Memorandum on the prevention of leprosy by segregation of the affected
Disease focus: Leprosy
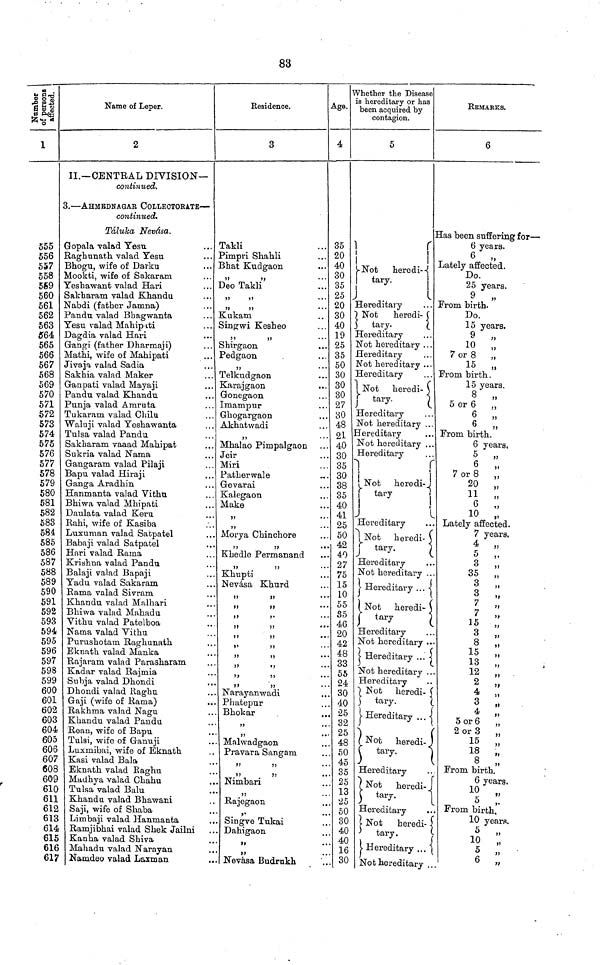
83
Number of
persons
affected.
1
555
556
557
558
569
560
561
562
563
564
565
566
567
568
569
570
571
572
573
574
575
576
577
578
579
580
581
582
583
584
585
586
587
588
589
590
591
592
593
594
595
596
597
598
599
600
601
602
603
604
605
606
607
608
609
610
611
612
613
614
615
616
617
Name of Leper.
2
II.— CENTRAL DIVISION—
continued.
3. — AHMEDNAGAR COLLECTORATE —
continued.
Táluka Nevása.
Gopala valad Yesu
Raghunath valad Yesu
Bhogu, wife of Darku
Mookti, wife of Sakaram
Yeshawant valad Hari
Sakharam valad Khandu
Nabdi (father Jamna)
Pandu valad Bhagwanta
Yesu valad Mahipati
Dagdia valad Hari
Gangi (father Dharmaji)
Mathi, wife of Mahipati
Jivaja valad Sadia
Sakhia valad Maker
Ganpati valad Mayaji
Pandu valad Khandu
Punja valad Amruta
Tukaram valad Chilu
Waluji valad Yeshawanta
Tulsa valad Pandu
Sakharam vaaad Mahipat
Sukria valad Nama
Gangaram valad Pilaji
Bapu valad Hiraji
Ganga Aradhin
Hanmanta valad Vithu
Bhiwa valad Mhipati
Daulata valad Keru
Rahi, wife of Kasiba
Luxuman valad Satpatel
Babaji valad Satpatel
Hari valad Rama
Krishna valad Pandu
Balaji valad Bapaji
Yadu valad Sakaram
Rama valad Sivram
Khandu valad Malhari
Bhiwa valad Mahadu
Vithu valad Patelboa
Nama valad Vithu
Purushotam Raghunath
Eknath valad Manka
Rajaram valad Parasharam
Kadar valad Rajmia
Subja valad Dhondi
Dhondi valad Raghu
Gaji (wife of Rama)
Rakhma valad Nagu
Khandu valad Pandu
Rean, wife of Bapu
Tulsi, wife of Ganuji
Luxmibai, wife of Eknath
Kasi valad Bala
Eknath valad Raghu
Madhya valad Chahu
Tulsa valad Balu
Khandu valad Bhawani
Saji, wife of Shaba
Limbaji valad Hamnanta
Ramjibhai valad Shek Jailni
Kanha valad Shiva
Mahadu valad Narayan
Namdeo valad Laxman
Residence.
3
Takli
Pimpri Shahli
Bhat Kudgaon
,,
Deo Takli
"
"
"
"
Kukam
Singwi Kesheo
,,
Shirgaon
Pedgaon
Telkudgaon
Karajgaon
Gonegaon
Imampur
Ghogargaon
Akhatwadi
Mhalao Pimpalgaon
Jeir
Miri
Patherwale
Gevarai
Kalegaon
Make
"
Morya Chinchore
,,
Khedle Permanand
Khupti
Nevása Khurd
"
"
" "
Narayanwadi
Phatepur
Bhokar
Malwadgaon
Pravara Sangam
"
Nimbari
Rajegaon
"
Singve Tukai
Dahigaon
"
.
Nevása Budrukh
Age.
4
35
20
40
30
35
25
20
30
40
19
25
35
50
30
30
30
27
30
48
21
40
30
35
30
38
35
40
41
25
50
42
40
27
75
15
10
55
35
46
20
42
48
33
55
24
30
40
25
32
25
48
50
45
35
25
13
25
50
30
40
40
16
30
Whether the Disease
is hereditary or has
been acquired by
contagion.
5
Not
heredi-
tary.
Hereditary
Not
heredi-
tary.
Hereditary
Not hereditary . . .
Hereditary
Not hereditary ...
Hereditary
Not heredi-
tary.
Hereditary
Not hereditary ...
Hereditary
Not hereditary ...
Hereditary
Not
heredi-
tary
Hereditary
Not
heredi-
tary,
Hereditary
Not hereditary ...
Hereditary
.
Not heredi-
tary
Hereditary
Not hereditary ..
Hereditary ...
Not hereditary . .
Hereditary
Not heredi-
tary.
Hereditary ...
Not
heredi-
tary.
Hereditary
N
ot heredi-
tary.
Not
heredi-
tary
Hereditary ...
Not hereditary ..
REMARKS.
6
Has been suffering for —
6 years.
Lately affected.
Do.
25 years.
9
,5
From birth.
Do.
15 years.
9
„
10 „
7 or 8
„
15 „
From birth.
15 years.
8
"
5 or 6 „
6 „
6
„
From birth.
6 years,
5 „
6
„
7 or 8 „
20
„
11 „
6
„
10 ,.
Lately affected.
7 years.
4 „
5 „
3 „
35 „
3 "
3
"
7
"
7
"
15
"
3
"
8
"
15
"
13
"
12
"
2
"
4
"
3 „
4 „
5 or 6 „
2 or 3 „
15 „
18 "
8 „
From birth.
6 years.
2 "
From birth.
1
0 year.
10 „
5 „
6 „